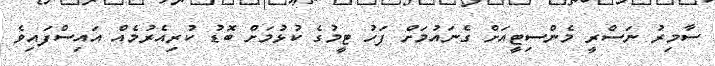
ސާމިރު ނަސްރީ މެންސިޓީއަށް ގެނައުމަށް ފަހު ޓީމުގެ ކުޅުމަށް ބޮޑު ކުރިއެރުމެއް އައިސްފައިވެ